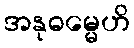
အနုဓမ္မေဟိ